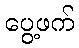
ပွေ့ဖက်